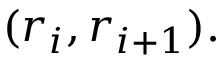
( r _ { i } , r _ { i + 1 } ) .